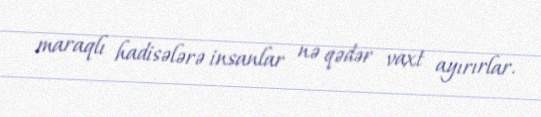
maraqlı hadisələrə insanlar nə qədər vaxt ayırırlar.